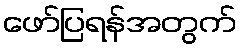
ဖော်ပြရန်အတွက်